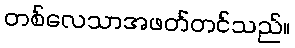
တစ်လေသာအဖတ်တင်သည်။